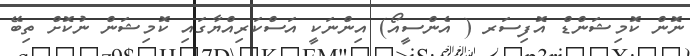
ނޮން ކޮމިޝަންޑް އޮފިސަރ ( އެންސީއޯ) އިންނަކީ އަސްކަރިއްޔާގައި ކޮމިޝަން ނުކޮށް ތިބޭ